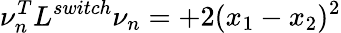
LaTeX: \nu_{n}^{T}L^{switch}\nu_{n}=+2(x_{1}-x_{2})^{2}